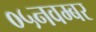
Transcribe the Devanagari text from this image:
०५नवम्बर